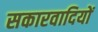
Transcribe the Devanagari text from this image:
सकारवादियों